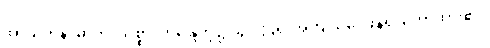
အာယတန၊ ဓာတ်၊ သစ္စာ၊ ဣန္ဒြေတို့၌ သွင်းပြ၍ အကျယ်ဝေဖန်၍ ဟောထား၏။